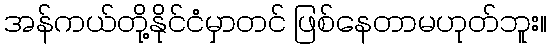
အန်ကယ်တို့နိုင်ငံမှာတင် ဖြစ်နေတာမဟုတ်ဘူး။